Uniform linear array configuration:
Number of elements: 32
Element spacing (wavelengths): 0.75
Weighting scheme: kaiser
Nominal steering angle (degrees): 45
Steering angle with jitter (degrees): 46.843
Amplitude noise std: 0.05
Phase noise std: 0.05

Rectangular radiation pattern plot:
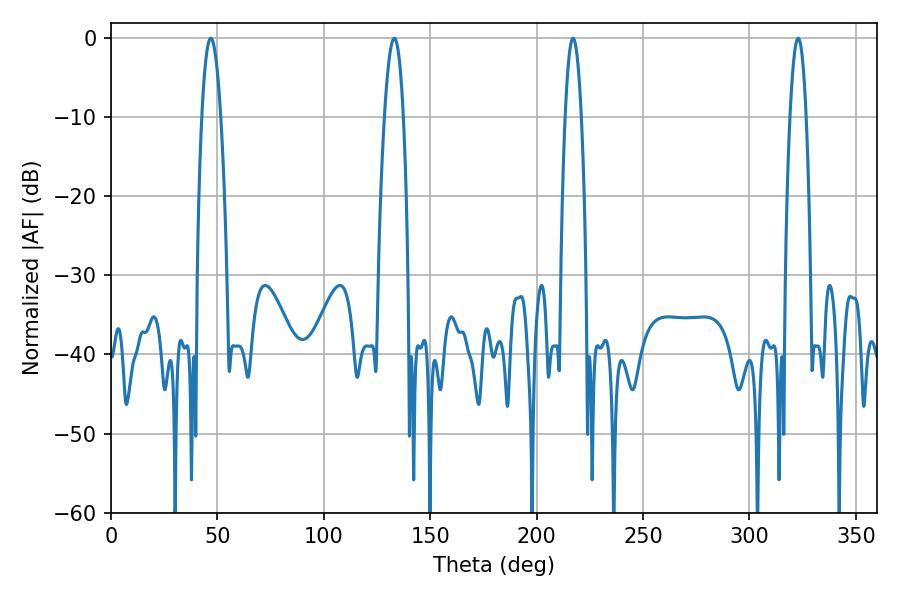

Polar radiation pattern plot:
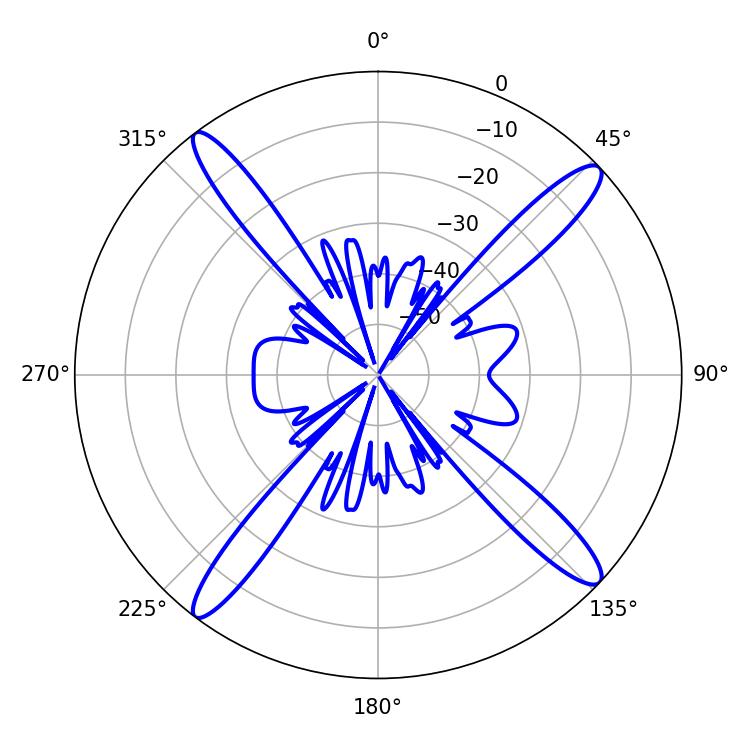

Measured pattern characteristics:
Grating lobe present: TRUE
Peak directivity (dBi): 17.004
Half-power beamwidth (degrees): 4.14
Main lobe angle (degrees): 217.08